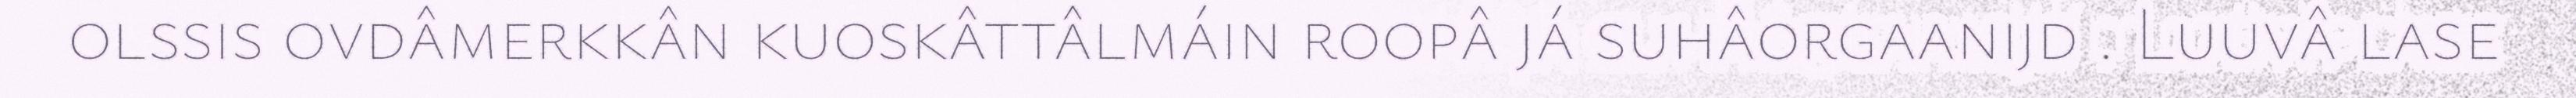
olssis ovdâmerkkân kuoskâttâlmáin roopâ já suhâorgaanijd . Luuvâ lase